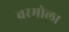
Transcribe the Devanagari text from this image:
बरमोला